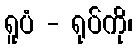
ရူပံ - ရုပ်ကို၊